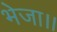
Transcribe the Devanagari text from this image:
भेजा।।